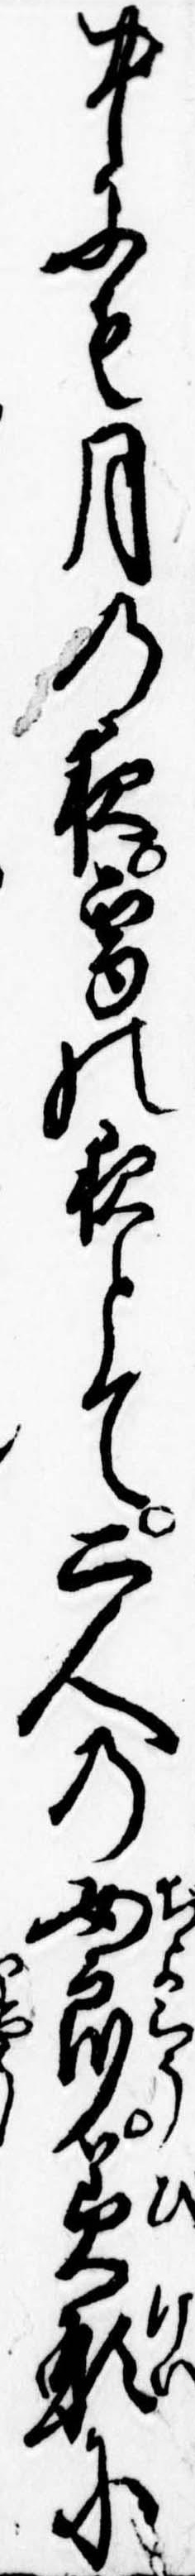
中にも月の夜雪の夜とて二人の女郎美形に